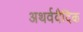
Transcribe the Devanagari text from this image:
अथर्ववैदिक